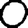
Digit: 0